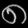
Digit: ၈